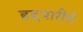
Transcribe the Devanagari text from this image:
हद्दपारीचे